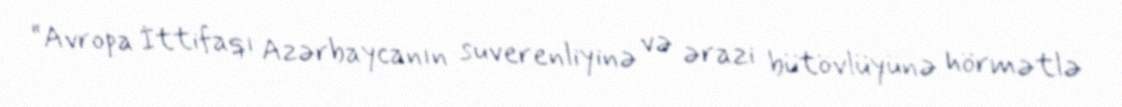
“Avropa İttifaqı Azərbaycanın suverenliyinə və ərazi bütövlüyünə hörmətlə